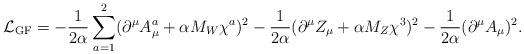
LaTeX: \begin{align*}{\cal L}_{\rm GF}=-\frac{1}{2\alpha}\displaystyle\sum_{a=1}^2 (\partial^\mu A_\mu^a+\alpha M_W\chi^a)^2 -\frac{1}{2\alpha}(\partial^\mu Z_\mu+\alpha M_Z\chi^3)^2 -\frac{1}{2\alpha}(\partial^\mu A_\mu)^2.\end{align*}